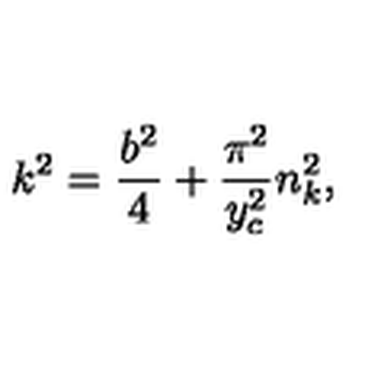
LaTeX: k ^ { 2 } = \frac { b ^ { 2 } } { 4 } + \frac { \pi ^ { 2 } } { y _ { c } ^ { 2 } } n _ { k } ^ { 2 } ,